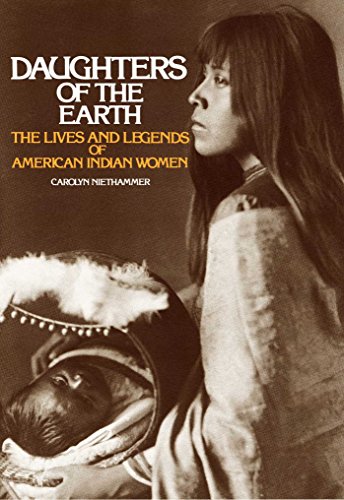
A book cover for Daughters of the Earth; Carolyn Niethammer; Biographies & Memoirs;